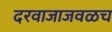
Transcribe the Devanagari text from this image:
दरवाजाजवळच